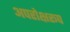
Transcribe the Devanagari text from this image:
अपरोक्षरूप